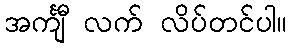
အင်္ကျီ လက် လိပ်တင်ပါ။